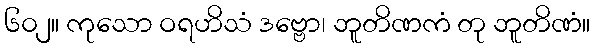
၆၀၂။ ကုသော ဝရဟိသံ ဒဗ္ဗော၊ ဘူတိဏကံ တု ဘူတိဏံ။